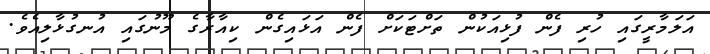
އަލަމާރީގައި ހުރި ފެން ފުޅިއަކުން ތަށްޓަކަށް ފެން އަޅައިގެން ކިއާރާގެ މޫނުގައި އުނގުޅާލިއެވެ.